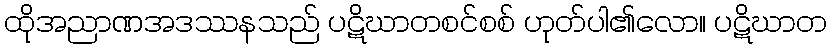
ထိုအညာဏအဒဿနသည် ပဋိဃာတစင်စစ် ဟုတ်ပါ၏လော။ ပဋိဃာတ